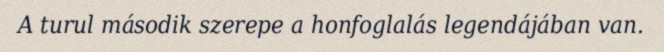
A turul második szerepe a honfoglalás legendájában van.